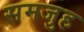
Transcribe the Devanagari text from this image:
समजुह